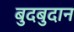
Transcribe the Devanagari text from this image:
बुदबुदान